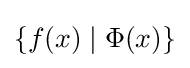
\{f(x)\mid \Phi (x)\}